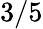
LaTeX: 3/5